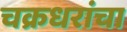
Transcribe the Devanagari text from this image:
चक्रधरांचा